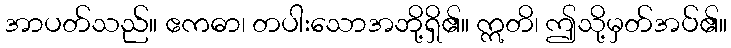
အာပတ်သည်။ ဧကဓာ၊ တပါးသောအဘို့ရှိ၏။ ဣတိ၊ ဤသို့မှတ်အပ်၏။